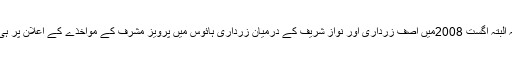
میڈیا کی توجہ البتہ اگست 2008میں آصف زرداری اور نواز شریف کے درمیان زرداری ہائوس میں پرویز مشرف کے مواخذے کے اعلان پر ہی مرکوز رہی۔